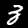
Label: 3